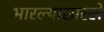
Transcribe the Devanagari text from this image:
भारल्यासारखे